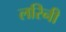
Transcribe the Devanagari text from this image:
लरिनी